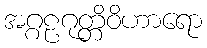
အဂ္ဂဠဂုတ္တိဝိဟာရော